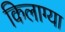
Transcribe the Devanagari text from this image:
किलाग्या